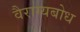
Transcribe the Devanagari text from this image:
वैराग्यबोध